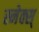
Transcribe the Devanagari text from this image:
स्नेक्स्